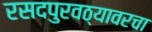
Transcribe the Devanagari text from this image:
रसदपुरवठ्यावरचा